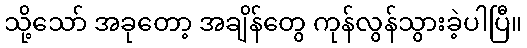
သို့သော် အခုတော့ အချိန်တွေ ကုန်လွန်သွားခဲ့ပါပြီ။